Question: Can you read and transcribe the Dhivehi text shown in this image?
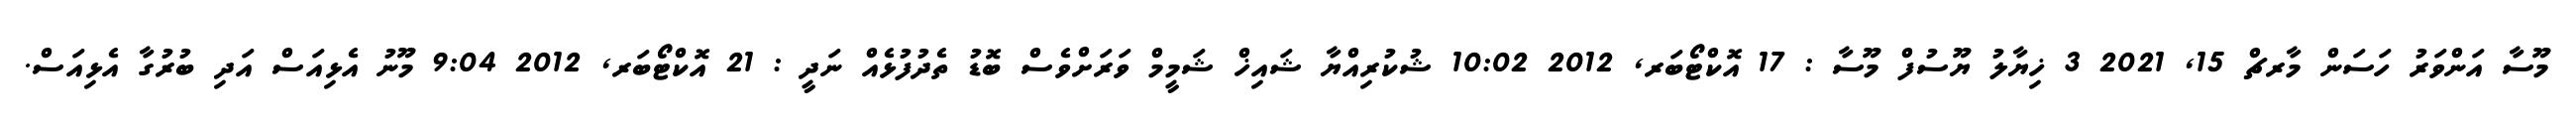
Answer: މޫސާ އަންވަރު ހަސަން މާރޗް 15, 2021 3 ޚިޔާލު ޔޫސުފް މޫސާ : 17 އޮކްޓޯބަރ, 2012 10:02 ޝުކުރިއްޔާ ޝައިޚް ޝަމީމް ވަރަށްވެސް ބޮޑު ތެދުފުޅެއް ނަދީ : 21 އޮކްޓޯބަރ, 2012 9:04 މޫނު އެޅިއަސް އަދި ބުރުގާ އެޅިއަސް.